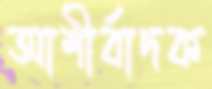
আশীর্বাদক